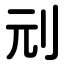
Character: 刓